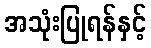
အသုံးပြုရန်နှင့်